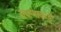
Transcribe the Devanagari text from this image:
रावणाकडे